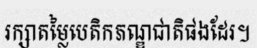
រក្សាតម្លៃបេតិកភណ្ឌជាតិផងដែរ។